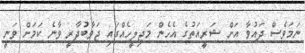
ނަމަވެސް ދައުވާ އަށް ޝަރީއަތުގެ އެހެން މަޖިލީހެއްގައި ޖަވާބުދާރީ ވާނެ ކަމަށް ވަނީ